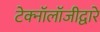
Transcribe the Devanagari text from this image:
टेक्‍नॉलॉजीद्वारे